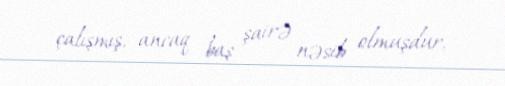
çalışmış, ancaq baş şairə nəsib olmuşdur.